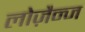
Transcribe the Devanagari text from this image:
लोज़ैन्ज